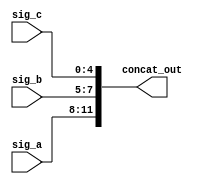
module concatenation_example (
    input wire [3:0] sig_a,  // 4-bit input signal
    input wire [2:0] sig_b,  // 3-bit input signal
    input wire [4:0] sig_c,  // 5-bit input signal
    output wire [11:0] concat_out // 12-bit concatenated output
);

// Continuous assignment using concatenation
assign concat_out = {sig_a, sig_b, sig_c}; // Concatenate signals

endmodule